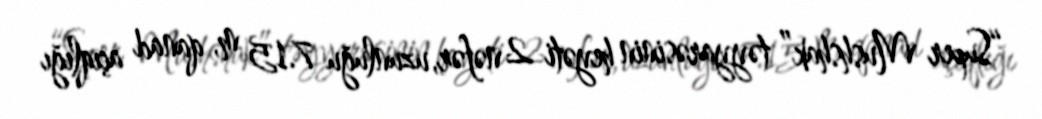
“Super Mushshak” təyyarəsinin heyəti 2 nəfər, uzunluğu 7.15 m, qanad açıqlığı